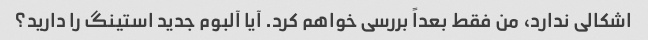
اشکالی ندارد، من فقط بعداً بررسی خواهم کرد. آیا آلبوم جدید استینگ را دارید؟